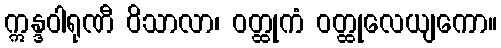
ဣန္ဒဝါရုဏီ ဝိသာလာ၊ ဝတ္ထုကံ ဝတ္ထုလေယျကော။